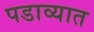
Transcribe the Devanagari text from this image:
पडाव्यात